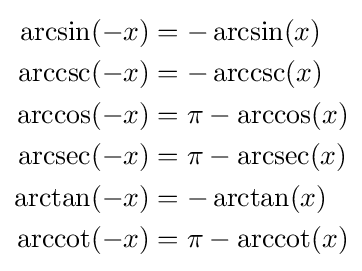
{\begin{aligned}\arcsin(-x)&=-\arcsin(x)\\\operatorname {arccsc} (-x)&=-\operatorname {arccsc} (x)\\\arccos(-x)&=\pi -\arccos(x)\\\operatorname {arcsec} (-x)&=\pi -\operatorname {arcsec} (x)\\\arctan(-x)&=-\arctan(x)\\\operatorname {arccot} (-x)&=\pi -\operatorname {arccot} (x)\end{aligned}}